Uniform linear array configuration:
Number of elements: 16
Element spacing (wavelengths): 0.5
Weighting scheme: blackman
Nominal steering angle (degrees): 0
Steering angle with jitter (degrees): -0.9878
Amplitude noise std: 0.05
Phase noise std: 0.05

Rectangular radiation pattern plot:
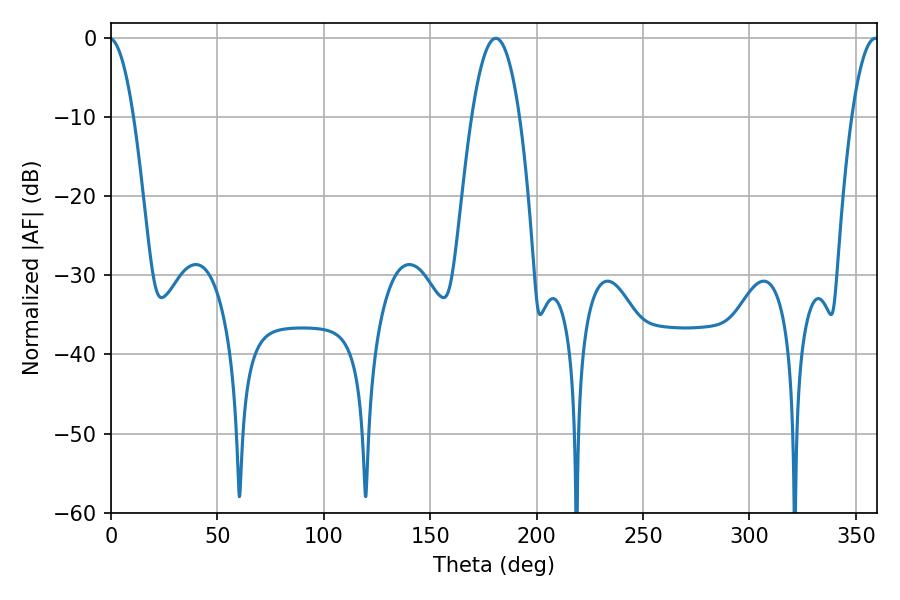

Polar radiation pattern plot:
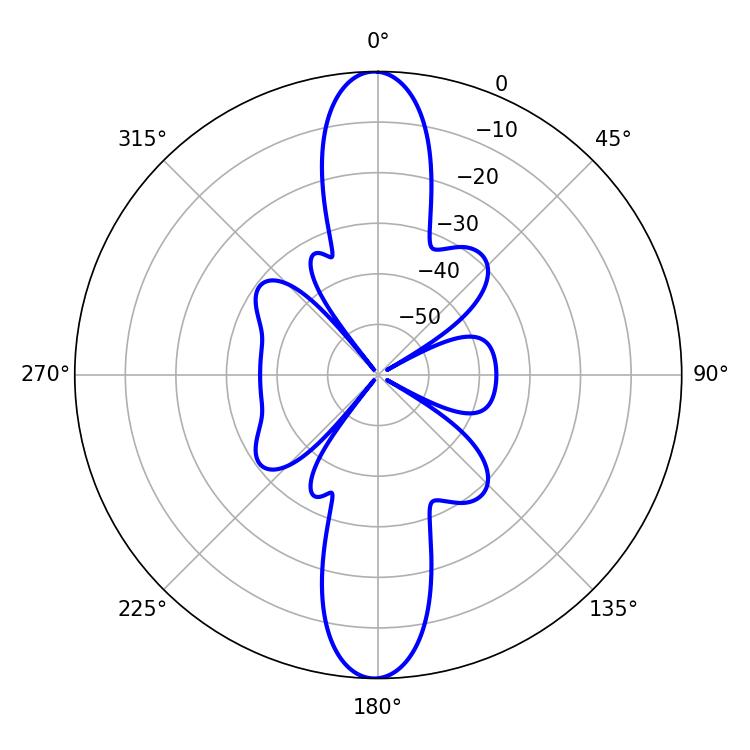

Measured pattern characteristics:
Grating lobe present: FALSE
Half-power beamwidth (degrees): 12.42
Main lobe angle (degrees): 180.9